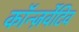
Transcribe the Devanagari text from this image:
कॉन्ज़र्वेटिव